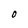
Character: O